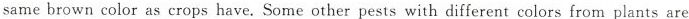
same brown color as crops have. Some other pests with different colors from plants are